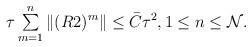
LaTeX: \begin{align*} \begin{array}{ll} \tau\sum\limits^{n}_{m=1}\|(R2)^{m}\|\leq \bar{C}\tau^{2}, 1\leq n \leq \mathcal{N}. \end{array} \end{align*}